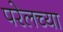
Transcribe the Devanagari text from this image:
परेलच्या